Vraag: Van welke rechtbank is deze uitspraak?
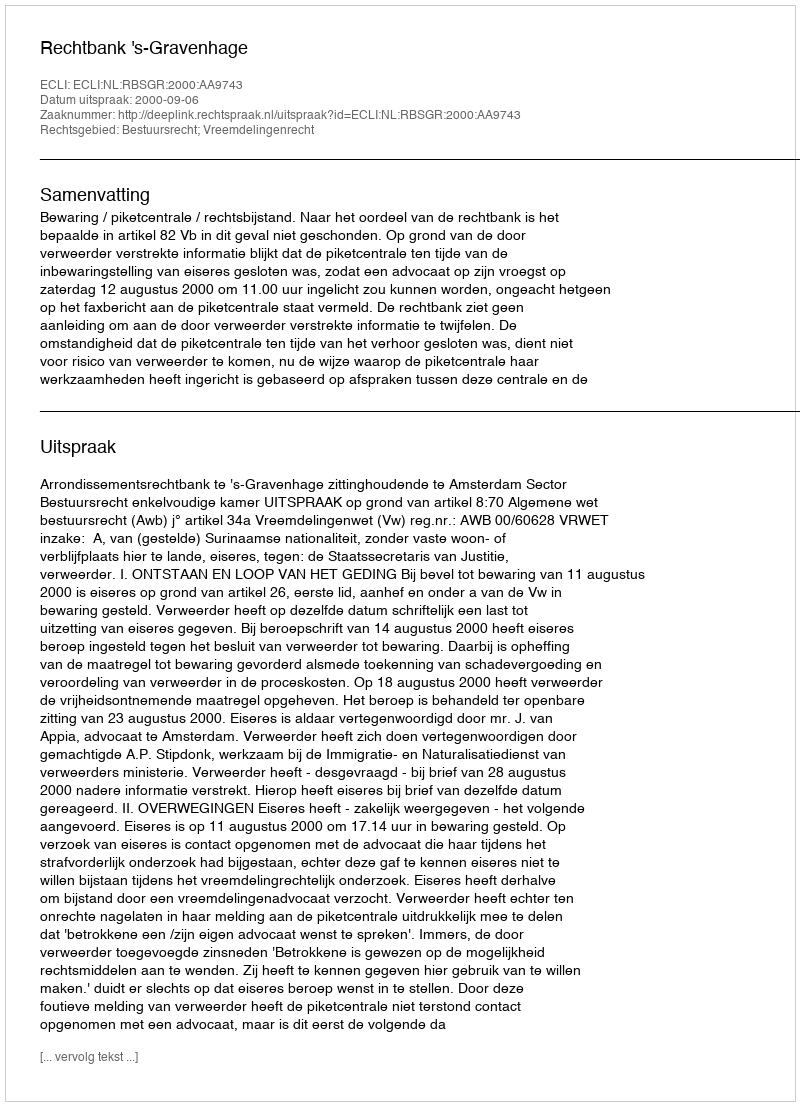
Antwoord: Rechtbank 's-Gravenhage